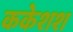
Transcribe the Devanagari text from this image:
ककेशश